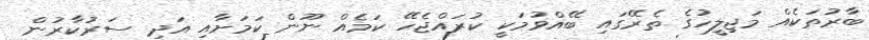
ބާރުތަކެއް މަޖިލީހުގެ ތެރޭގައި ބޭއްވުމަކީ ކުރައްޖެހޭ ކަމެއް ނޫން ކަމަށާއި އަދި ސަރުކާރުން